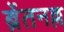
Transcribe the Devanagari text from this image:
ब्रेंतनल्ल